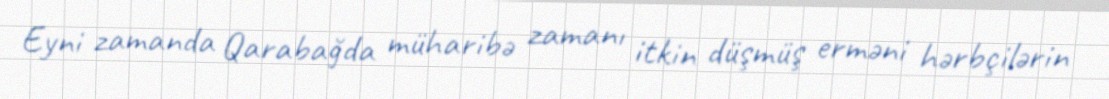
Eyni zamanda Qarabağda müharibə zamanı itkin düşmüş erməni hərbçilərin